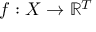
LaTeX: f : X \to \mathbb { R } ^ { T }